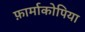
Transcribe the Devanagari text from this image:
फ़ार्माकोपिया